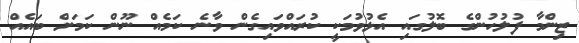
ޒިންމާ ފުލުހުންގެ ބޮލުގައި އެޅުވުމަކީ ކުރައްވައިގެން ވާނެ ކަމެއް ނޫން ކަމަށް ބައެއް